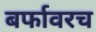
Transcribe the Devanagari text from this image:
बर्फावरच